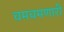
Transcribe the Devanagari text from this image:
चमचमणारी